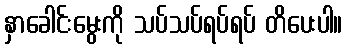
နှာခေါင်းမွေးကို သပ်သပ်ရပ်ရပ် တိပေးပါ။